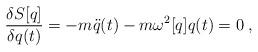
LaTeX: \begin{align*}{\delta S[q] \over \delta q(t)} = - m \ddot{q}(t) - m \omega^2[q] q(t) = 0 \; ,\end{align*}